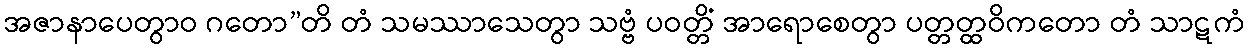
အဇာနာပေတွာဝ ဂတော”တိ တံ သမဿာသေတွာ သဗ္ဗံ ပဝတ္တိံ အာရောစေတွာ ပတ္တတ္ထဝိကတော တံ သာဋကံ